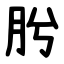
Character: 肹